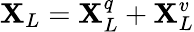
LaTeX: \mathbf{X}_{L}=\mathbf{X}_{L}^{q}+\mathbf{X}_{L}^{v}